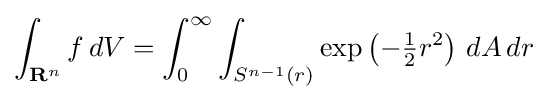
\int _{\mathbf {R} ^{n}}f\,dV=\int _{0}^{\infty }\int _{S^{n-1}(r)}\exp \left(-{\tfrac {1}{2}}r^{2}\right)\,dA\,dr